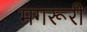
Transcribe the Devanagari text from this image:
मगरूरी